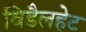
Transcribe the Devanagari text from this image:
विडैलहेट